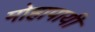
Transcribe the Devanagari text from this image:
मोहापायी